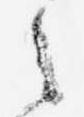
之